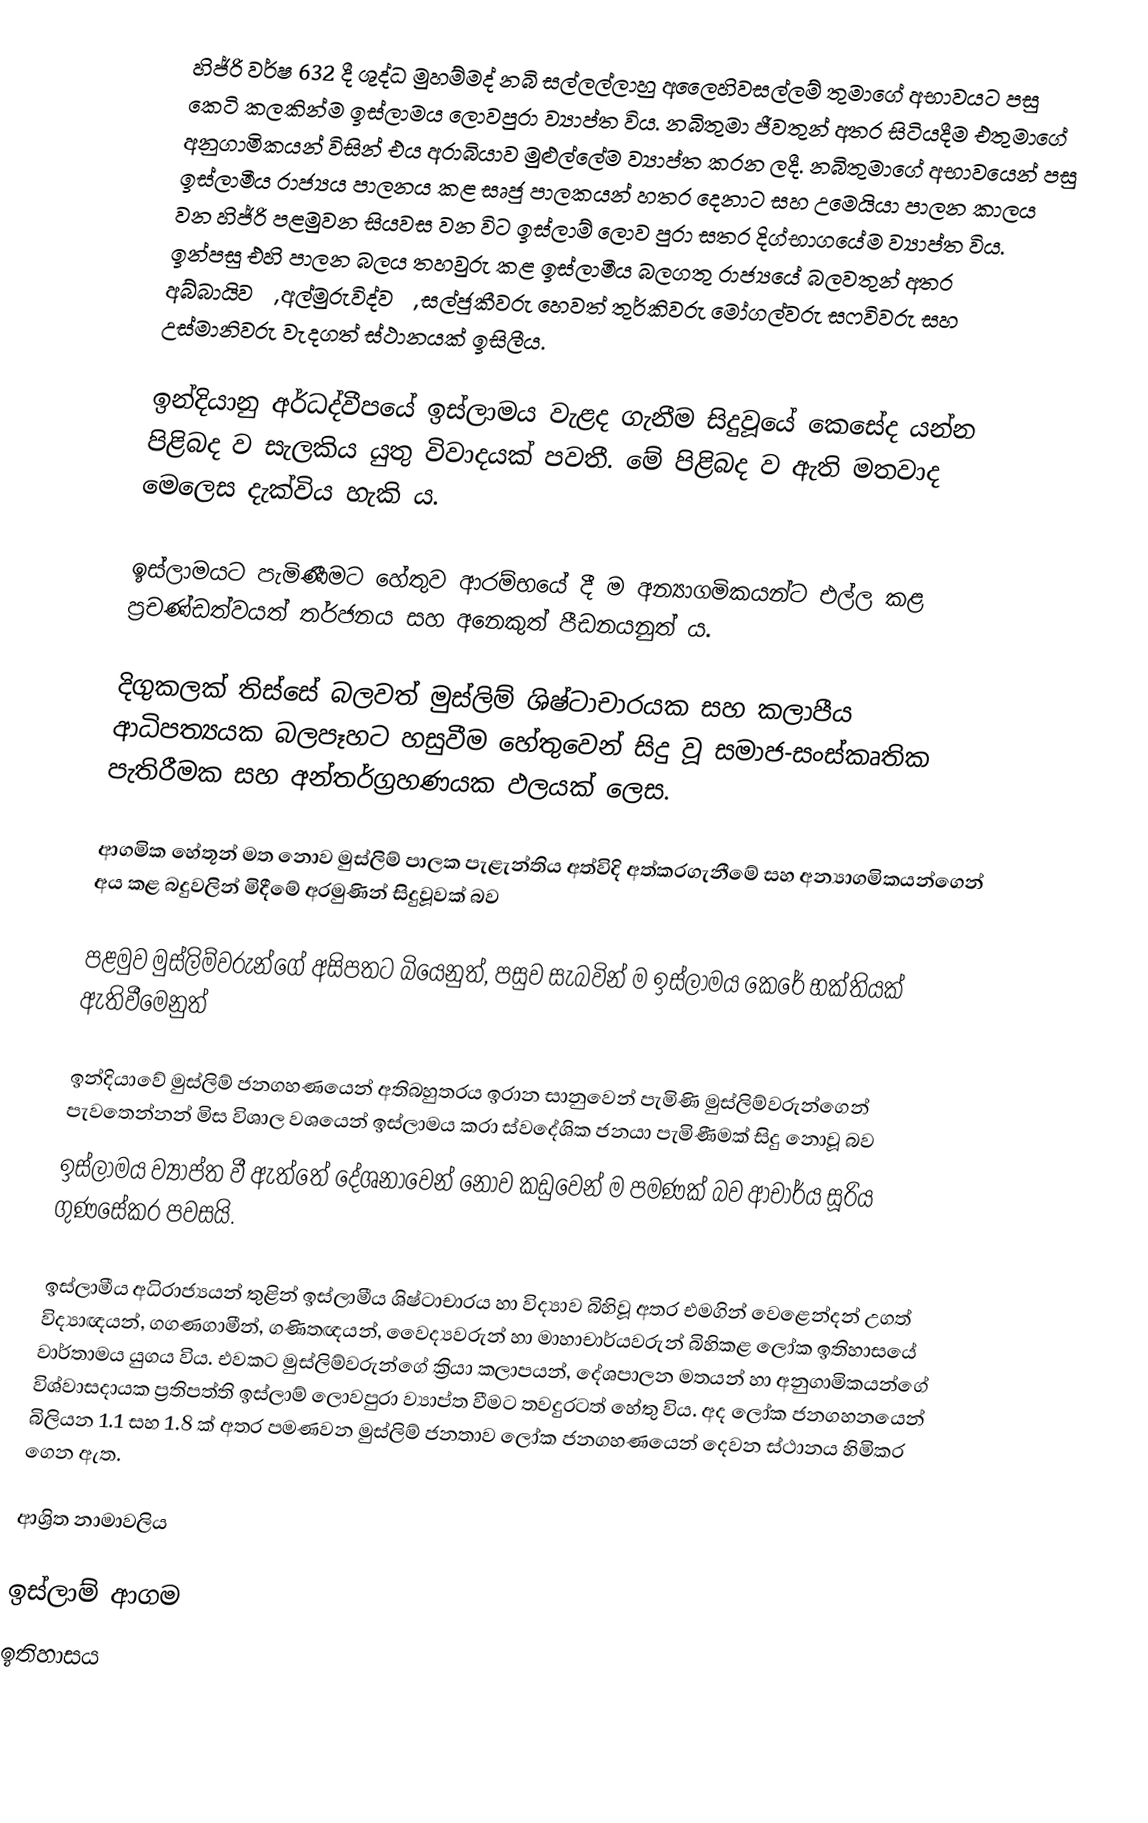
හිජ්රි වර්ෂ 632 දී ශුද්ධ මුහම්මද් නබි සල්ලල්ලාහු අලෛහිවසල්ලම් තුමාගේ අභාවයට පසු කෙටි කලකින්ම ඉස්ලාමය ලොවපුරා ව්‍යාප්ත විය. නබිතුමා ජීවතුන් අතර සිටියදීම එතුමාගේ අනුගාමිකයන් විසින් එය අරාබියාව මුළුල්ලේම ව්‍යාප්ත කරන ලදී. නබිතුමාගේ අභාවයෙන් පසු ඉස්ලාමීය රාජ්‍යය පාලනය කළ සෘජු පාලකයන් හතර දෙනාට සහ උමෙයියා පාලන කාලය වන හිජ්රි පළමුවන සියවස වන විට ඉස්ලාම් ලොව පුරා සතර දිග්භාගයේම ව්‍යාප්ත විය. ඉන්පසු එහි පාලන බලය තහවුරු කළ ඉස්ලාමීය බලගතු රාජ්‍යයේ බලවතුන් අතර අබ්බායිවරු, අල්මුරුවිද්වරු, සල්ජුකීවරු හෙවත් තුර්කිවරු මෝගල්වරු සෆවිවරු සහ උස්මානිවරු වැදගත් ස්ථානයක් ඉසිලීය.

ඉන්දියානු අර්ධද්වීපයේ ඉස්ලාමය වැළද ගැනීම සිදුවූයේ කෙසේද යන්න පිළිබද ව සැලකිය යුතු විවාදයක් පවතී. මේ පිළිබද ව ඇති මතවාද මෙලෙස දැක්විය හැකි ය.

 ඉස්ලාමයට පැමිණීමට හේතුව ආරම්භයේ දී ම අන්‍යාගමිකයන්ට එල්ල කළ ප්‍රචණ්ඩත්වයත් තර්ජනය සහ අනෙකුත් පීඩනයනුත් ය.

 දිගුකලක් තිස්සේ බලවත් මුස්ලිම් ශිෂ්ටාචාරයක සහ කලාපීය ආධිපත්‍යයක බලපෑහට හසුවීම හේතුවෙන් සිදු වූ සමාජ-සංස්කෘතික පැතිරීමක සහ අන්තර්ග්‍රහණයක ඵලයක් ලෙස.

 ආගමික හේතූන් මත නොව මුස්ලිම් පාලක පැළැන්තිය අත්විදි අත්කරගැනීමේ සහ අන්‍යාගමිකයන්ගෙන් අය කළ බදුවලින් මිදීමේ අරමුණින් සිදුවූවක් බව

 පළමුව මුස්ලිම්වරුන්ගේ අසිපතට බියෙනුත්, පසුව සැබවින් ම ඉස්ලාමය කෙරේ භක්තියක් ඇතිවීමෙනුත්

 ඉන්දියාවේ මුස්ලිම් ජනගහණයෙන් අතිබහුතරය ඉරාන සානුවෙන් පැමිණි මුස්ලිම්වරුන්ගෙන් පැවතෙන්නන් මිස විශාල වශයෙන් ඉස්ලාමය කරා ස්වදේශික ජනයා පැමිණීමක් සිදු නොවූ බව
ඉස්ලාමය ව්‍යාප්ත වී ඇත්තේ දේශනාවෙන් නොව කඩුවෙන් ම පමණක් බව ආචාර්ය සූරිය ගුණසේකර පවසයි.

ඉස්ලාමීය අධිරාජ්‍යයන් තුළින් ඉස්ලාමීය ශිෂ්ටාචාරය හා විද්‍යාව බිහිවූ අතර එමගින් වෙළෙන්දන් උගත් විද්‍යාඥයන්, ගගණගාමීන්, ගණිතඥයන්, වෛද්‍යවරුන් හා මාහාචාර්යවරුන් බිහිකළ ලෝක ඉතිහාසයේ වාර්තාමය යුගය විය. එවකට මුස්ලිම්වරුන්ගේ ක්‍රියා කලාපයන්, දේශපාලන මතයන් හා අනුගාමිකයන්ගේ විශ්වාසදායක ප්‍රතිපත්ති ඉස්ලාම් ලොවපුරා ව්‍යාප්ත වීමට තවදුරටත් හේතු විය. අද ලෝක ජනගහනයෙන් බිලියන 1.1 සහ 1.8 ක් අතර පමණවන මුස්ලිම් ජනතාව ලෝක ජනගහණයෙන් දෙවන ස්ථානය හිමිකර ගෙන ඇත.

ආශ්‍රිත නාමාවලිය

ඉස්ලාම් ආගම
ඉතිහාසය